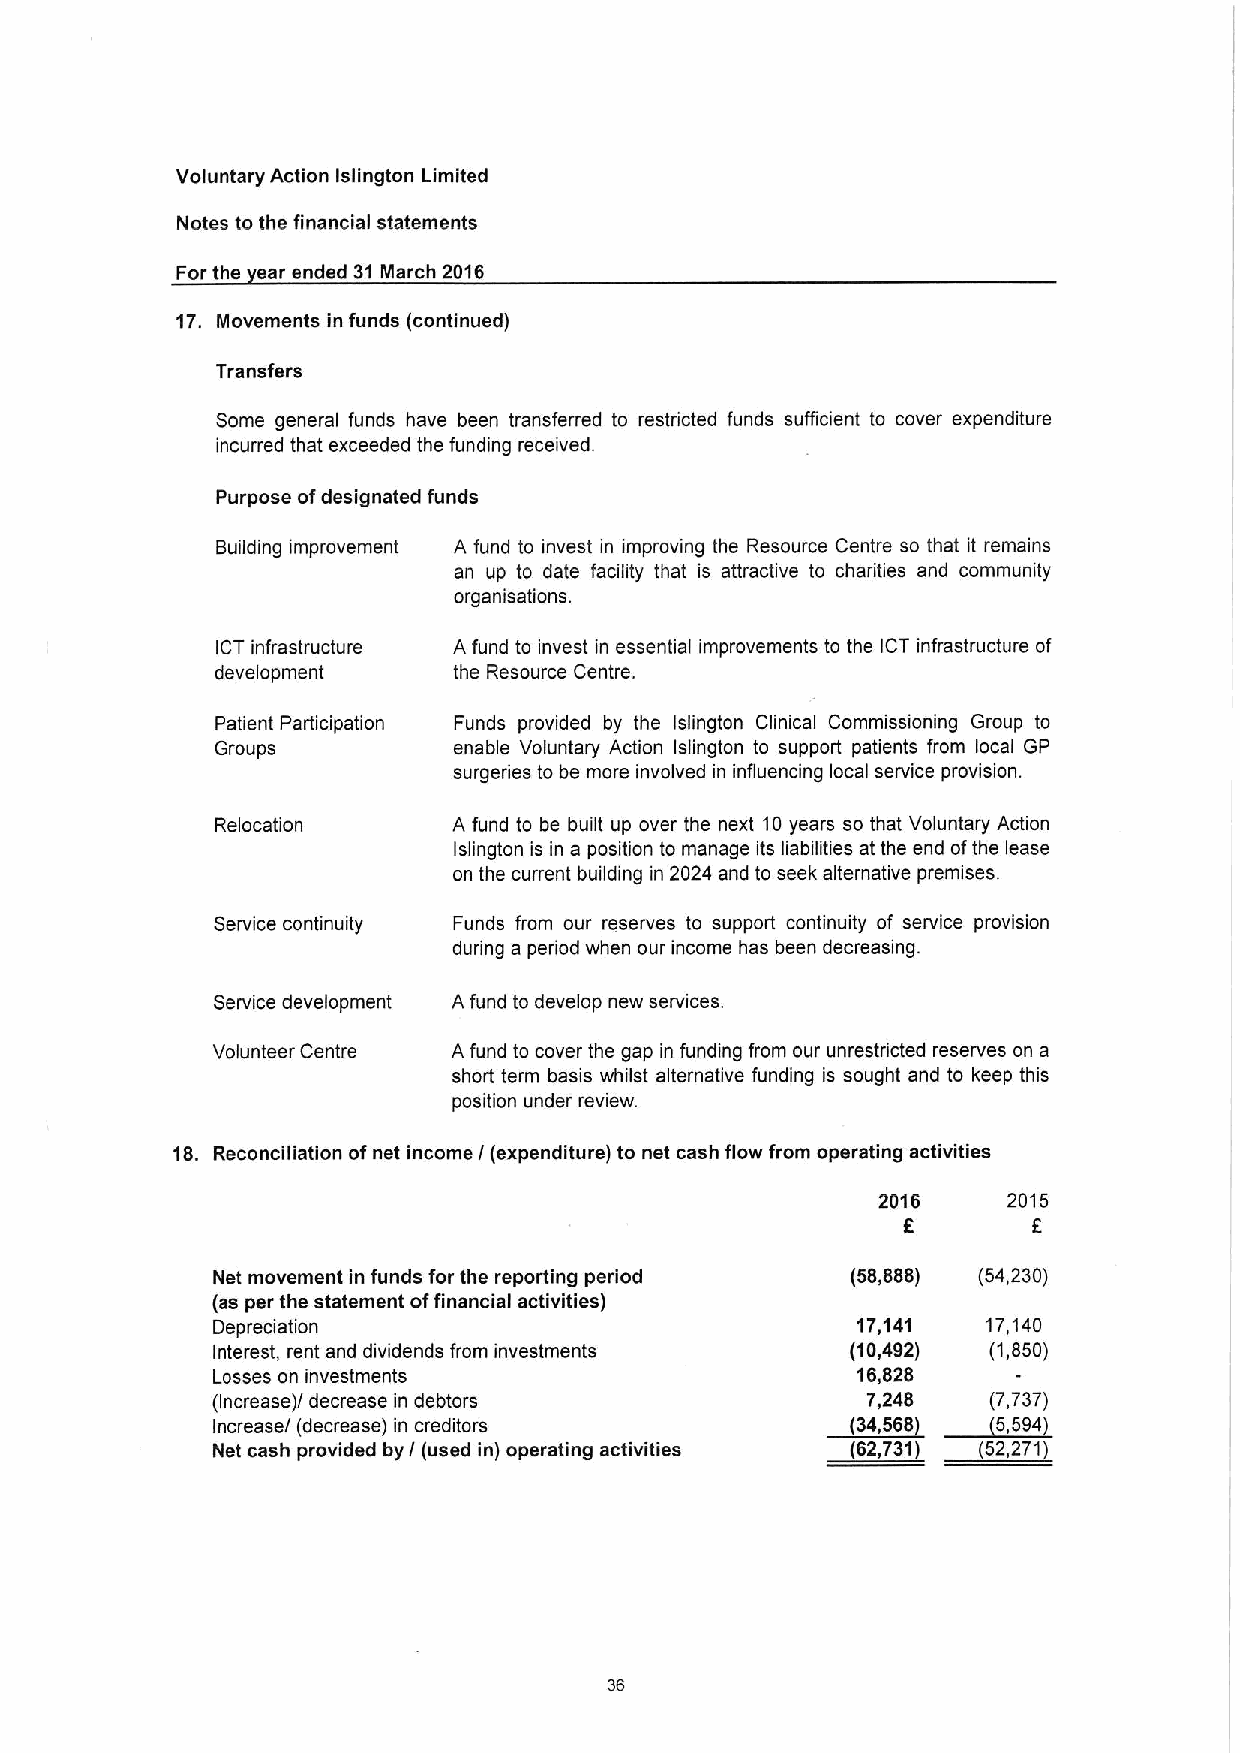
Voluntary Action Islington Limited
 Notes to the financial statements
 For the ear ended 31March 2016
 17. Movements in funds (continued)
 Transfers
 Some general funds have been transferred to restricted funds sufficient to cover expenditure
 incurred that exceeded the funding received.
 Purpose ofdesignated funds
 Building improvement A fund to invest in improving the Resource Centre so that it remains
 an up to date facility that is attractive to charities and community
 organisations.
 ICT infrastructure A fund to invest in essential improvements to the ICT infrastructure of
 development     the Resource Centre.
 Patient Participation Funds provided by the Islington Clinical Commissioning Group to
 Groups          enable Voluntary Action Islington to support patients from local GP
 surgeries to be more involved in influencing local service provision.
 Relocation      A fund to be built up over the next 10years so that Voluntary Action
 Islington is in a position to manage its liabilities at the end ofthe lease
 on the current building in 2024 and to seek alternative premises.
 Service continuity Funds from our reserves to support continuity of service provision
 during a period when our income has been decreasing.
 Service development Afund to develop new services.
 Volunteer Centre A fund to cover the gap in funding from our unrestricted reserves on a
 short term basis whilst alternative funding is sought and to keep this
 position under review.
 18. Reconciliation ofnet income / (expenditure) to net cash flow from operating activities
 2016     2015
 6       f.
 Net movement in funds for the reporting period (58,888) (54,230)
 (as per the statement offinancial activities)
 Depreciation                               17,141  17,140
 Interest, rent and dividends from investments (10,492) (1,850)
 Losses on investments                      16,828
 (Increase)/ decrease in debtors            7,248 ~5(7,,737)
 Increase/ (decrease) in creditors        ~(34,568    594
 ~62,   ~52,
 Net cash provided by / (used in) operating activities 7377 2711
 36